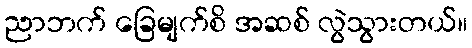
ညာဘက် ခြေမျက်စိ အဆစ် လွဲသွားတယ်။